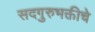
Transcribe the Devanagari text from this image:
सदगुरुभक्तीचे